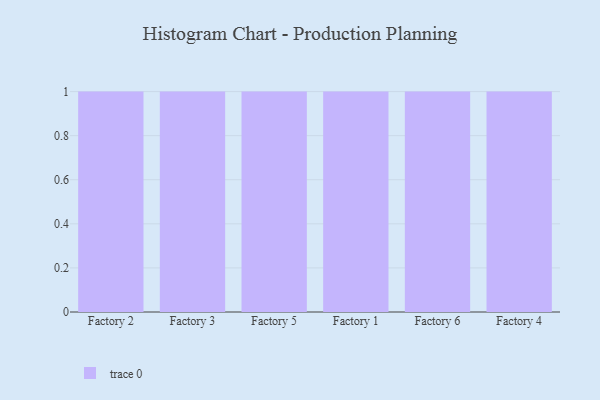
{"axis": {"x": "Factory", "y": "Conversion Rate (%)"}, "legend": [""], "data": [{"x": "Factory 2", "y": 34, "type": ""}, {"x": "Factory 3", "y": 74, "type": ""}, {"x": "Factory 5", "y": 57, "type": ""}, {"x": "Factory 1", "y": 65, "type": ""}, {"x": "Factory 6", "y": 85, "type": ""}, {"x": "Factory 4", "y": 23, "type": ""}]}